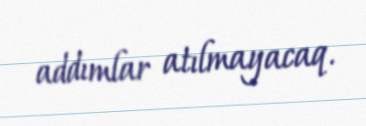
addımlar atılmayacaq.